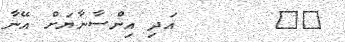
٣٩       އަދި އިންސާނާޔަށް އޭނާ